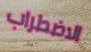
الاضطراب